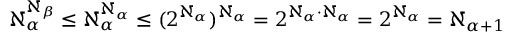
\aleph _ { \alpha } ^ { \aleph _ { \beta } } \leq \aleph _ { \alpha } ^ { \aleph _ { \alpha } } \leq ( 2 ^ { \aleph _ { \alpha } } ) ^ { \aleph _ { \alpha } } = 2 ^ { \aleph _ { \alpha } \cdot \aleph _ { \alpha } } = 2 ^ { \aleph _ { \alpha } } = \aleph _ { \alpha + 1 }